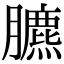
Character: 臕